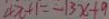
4 x + 1 = - 1 3 x + 9